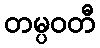
တမ္ပဝတီ